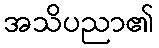
အသိပညာ၏